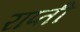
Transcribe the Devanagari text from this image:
राप्‍ती